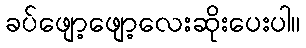
ခပ်ဖျော့ဖျော့လေးဆိုးပေးပါ။